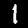
Label: 1